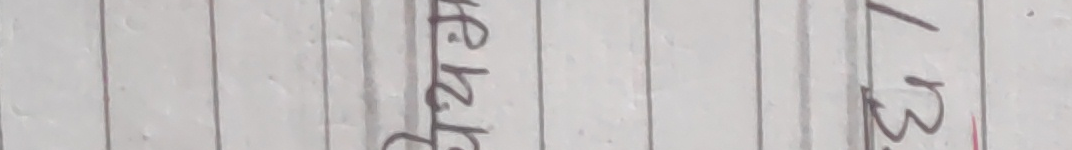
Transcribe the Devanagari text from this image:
रेखा ७३२